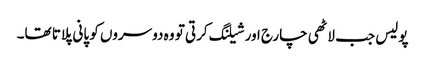
پولیس جب لاٹھی چارج اور شیلنگ کرتی تو وہ دوسروں کو پانی پلاتا تھا۔